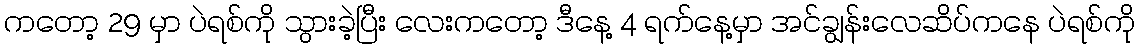
ကတော့ 29 မှာ ပဲရစ်ကို သွားခဲ့ပြီး လေးကတော့ ဒီနေ့ 4 ရက်နေ့မှာ အင်ချွန်းလေဆိပ်ကနေ ပဲရစ်ကို